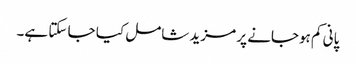
پانی کم ہوجانے پر مزید شامل کیا جا سکتا ہے۔